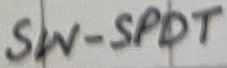
Text: SW-SPDT